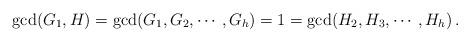
LaTeX: \begin{align*}\gcd(G_1,H) =\gcd(G_1,G_2,\cdots,G_h)=1=\gcd( H_2,H_3,\cdots,H_h) \,.\end{align*}